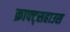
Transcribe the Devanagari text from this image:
क्राफ्ट्सहाउस